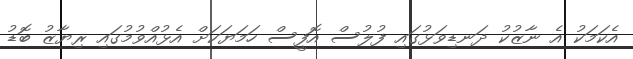
އެކަމަކު އެ ނާޒުކު ދަނޑިވަޅުގައި ފުލުސް އޮފީސް ހަމަޔަކަށް އެޅުއްވުމުގައި ރިޔާޒު ބޮޑު